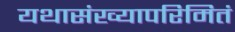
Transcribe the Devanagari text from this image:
यथासंख्यापरिमितं